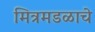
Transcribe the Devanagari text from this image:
मित्रमडळाचे